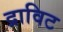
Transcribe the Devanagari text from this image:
द्राविट